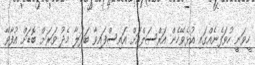
ހީވަނީ ހުވަފެނެއްގައި އުޅެވޭހެން އަރްސަލްއަށް އައިސްފައިވާ ބަދަލާ މެދު ވަރަށް ބޮޑަށް އުފާވޭ